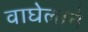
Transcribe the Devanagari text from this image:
वाघेलाने